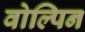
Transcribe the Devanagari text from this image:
वोल्पिन